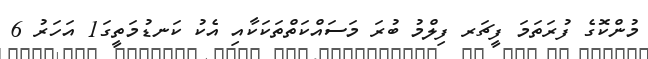
މުންކޮގެ ފުރަތަމަ ފީޗަރ ފިލްމު ބުރަ މަސައްކަތްތަކަކާއި އެކު ކަނޑުމަތީގަ1 އަހަރު 6